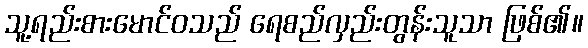
သူ့ရည်းစားမောင်ဝသည် ရေစည်လှည်းတွန်းသူသာ ဖြစ်၏။